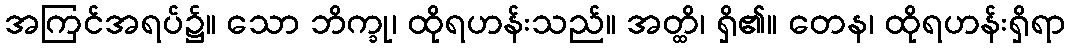
အကြင်အရပ်၌။ သော ဘိက္ခု၊ ထိုရဟန်းသည်။ အတ္ထိ၊ ရှိ၏။ တေန၊ ထိုရဟန်းရှိရာ